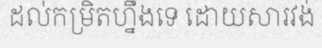
ដល់កម្រិតហ្នឹងទេ ដោយសារវង់